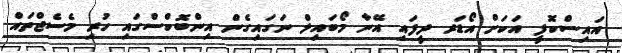
އައިސްކޮފީ އަކަށް އޯޑަރ ދީފައި އޭނާ މޯބައިލް ނަގައިގެން އިންބޮކްސްގައި ހުރި މެސެޖްތައް